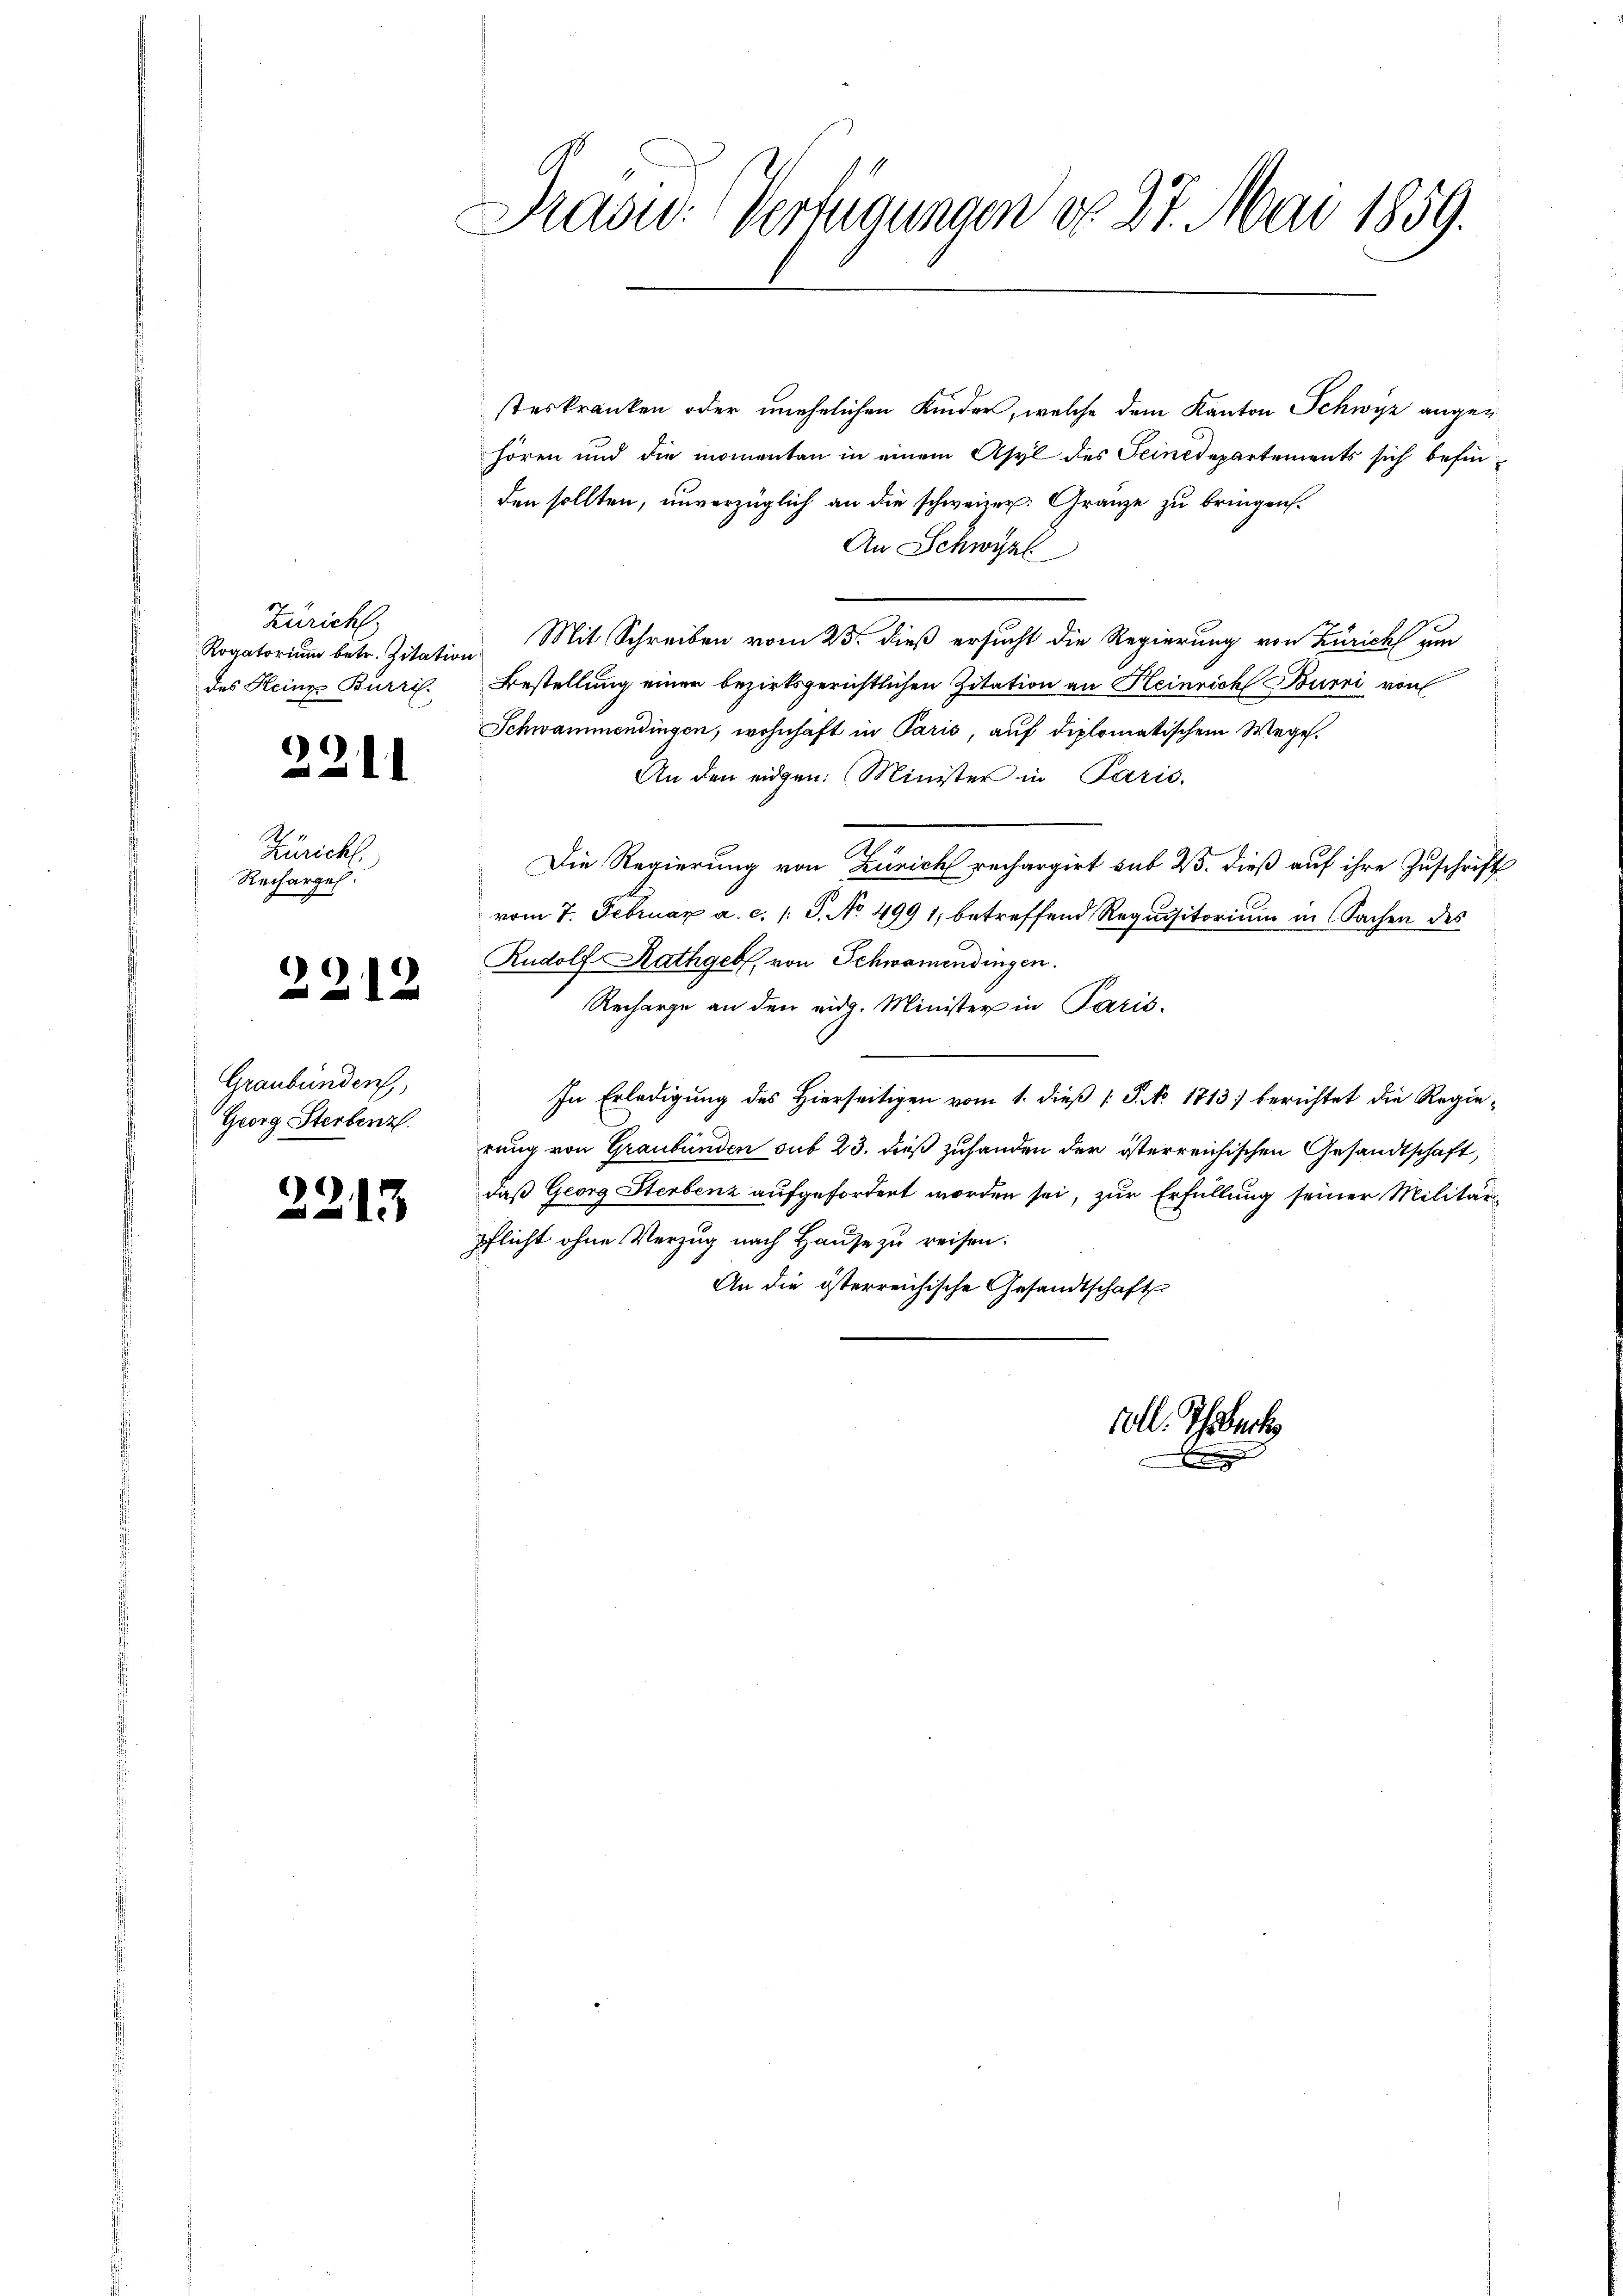
Zuricht
Rogatorium betr. Zitation
des Heinze Burri

)
211

Züricht.
Recharges.

2212

Graubünden,
Georg Sterbenz

2213

Prad: Vertraungen d. 27. Mai 1859.

steskranken oder unehelichen Kinder, welche dem Kanton Schwyz augenhören und die momenten in einem Asyl des Seinedepartements sich befinden sollten, unverzüglich an die schweizer. Granze zu bringen.
An Schwyzl
Mit Schreiben vom 25. dieß ersucht die Regierung von Zürich zum
Bestellung einer bezirksgerichtlichen Zitation an Heinrich Burri von
Schwammendingen, wohnhaft in Paris, auf diplomatischem Wege.
An den eidgen. Minister in Paris.
A
Die Regierung von Zürich rechargirt sub 23. dieß auf ihre Zuschrift
vom 7. Februar a. c. 1 S. No 499 1, betreffend Requisitorium in Sachen des
Rudolf Rathgeb, von Schwamendingen.
Recharge an den eidg. Minister in Paris.
In Erledigung des Hierseitigen vom 1. dieß P. No. 1813) berichtet die Regierung von Graubünden sub 23. dieß zuhanden der österreichischen Gesandtschaft,
daß Georg Sterbenz aufgefordert worden sei, zur Erfüllung seiner Militärpflicht ohne Verzug nach Hause zu reisen.
An die österreichische Gesandtschaft

rtl. Thouch